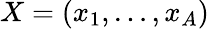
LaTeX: X=(x_{1},\ldots,x_{A})